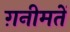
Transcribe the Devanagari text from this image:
ग़नीमतें